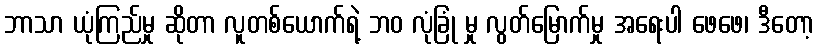
ဘာသာ ယုံကြည်မှု ဆိုတာ လူတစ်ယောက်ရဲ့ ဘဝ လုံခြုံ မှု လွတ်မြောက်မှု အရေးပါ ဖေဖေ၊ ဒီတော့